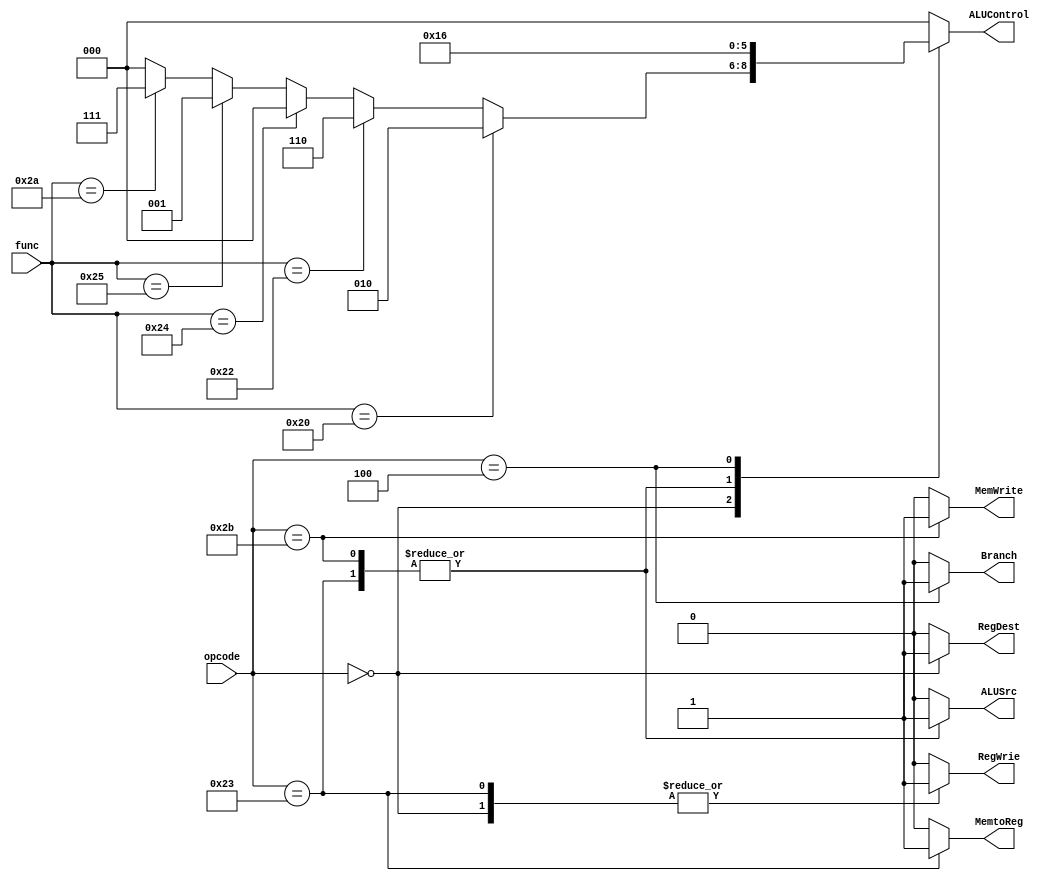
module control_unit(
	input [5:0] opcode,
	input [5:0] func,
	output reg MemtoReg,MemWrite,Branch,ALUSrc,RegDest,RegWrie,
	output reg [2:0] ALUControl
);


parameter [2:0] ALU_add='b010;
parameter [2:0] ALU_sub='b110;
parameter [2:0] ALU_and='b000;
parameter [2:0] ALU_or='b001;
parameter [2:0] ALU_slt='b111;

parameter [5:0] opcode_R='b0;
parameter [5:0] opcode_lw='b100011;
parameter [5:0] opcode_sw='b101011;
parameter [5:0] opcode_beq='b000100;


always @(*)begin
	case (opcode)
	opcode_R: begin
		RegWrie='b1;
		RegDest='b1;
		ALUSrc='b0;
		Branch='b0;
		MemWrite='b0;
		MemtoReg= 'b0;
		if(func=='b100000 )begin
			ALUControl=ALU_add;
		end
		else if(func=='b100010)begin
			ALUControl=ALU_sub;
		end
		else if(func=='b100100)begin
			ALUControl=ALU_and;
		end
		else if(func=='b100101)begin
			ALUControl=ALU_or;
		end
		else if(func=='b101010)begin
			ALUControl=ALU_slt;
		end
		else begin
			ALUControl='b0;
		end
	end
	opcode_lw: begin
		RegWrie='b1;
		RegDest='b0;
		ALUSrc='b1;
		Branch='b0;
		MemWrite='b0;
		MemtoReg= 'b1;
		ALUControl=ALU_add;
	end
	opcode_sw: begin
		RegWrie='b0;
		RegDest='b0;
		ALUSrc='b1;
		Branch='b0;
		MemWrite='b1;
		MemtoReg= 'b0;
		ALUControl=ALU_add;
	end
	opcode_beq: begin
		RegWrie='b0;
		RegDest='b0;
		ALUSrc='b0;
		Branch='b1;
		MemWrite='b0;
		MemtoReg= 'b0;
		ALUControl=ALU_sub;
	end
	default: begin
		RegWrie='b0;
		RegDest='b0;
		ALUSrc='b0;
		Branch='b0;
		MemWrite='b0;
		MemtoReg= 'b0;
		ALUControl='b0;
	end
	endcase

end


endmodule